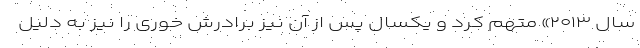
سال ۲۰۱۳» متهم کرد و یکسال پس از آن نیز برادرش خوری را نیز به دلیل